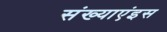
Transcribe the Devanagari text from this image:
संख्याएंइस